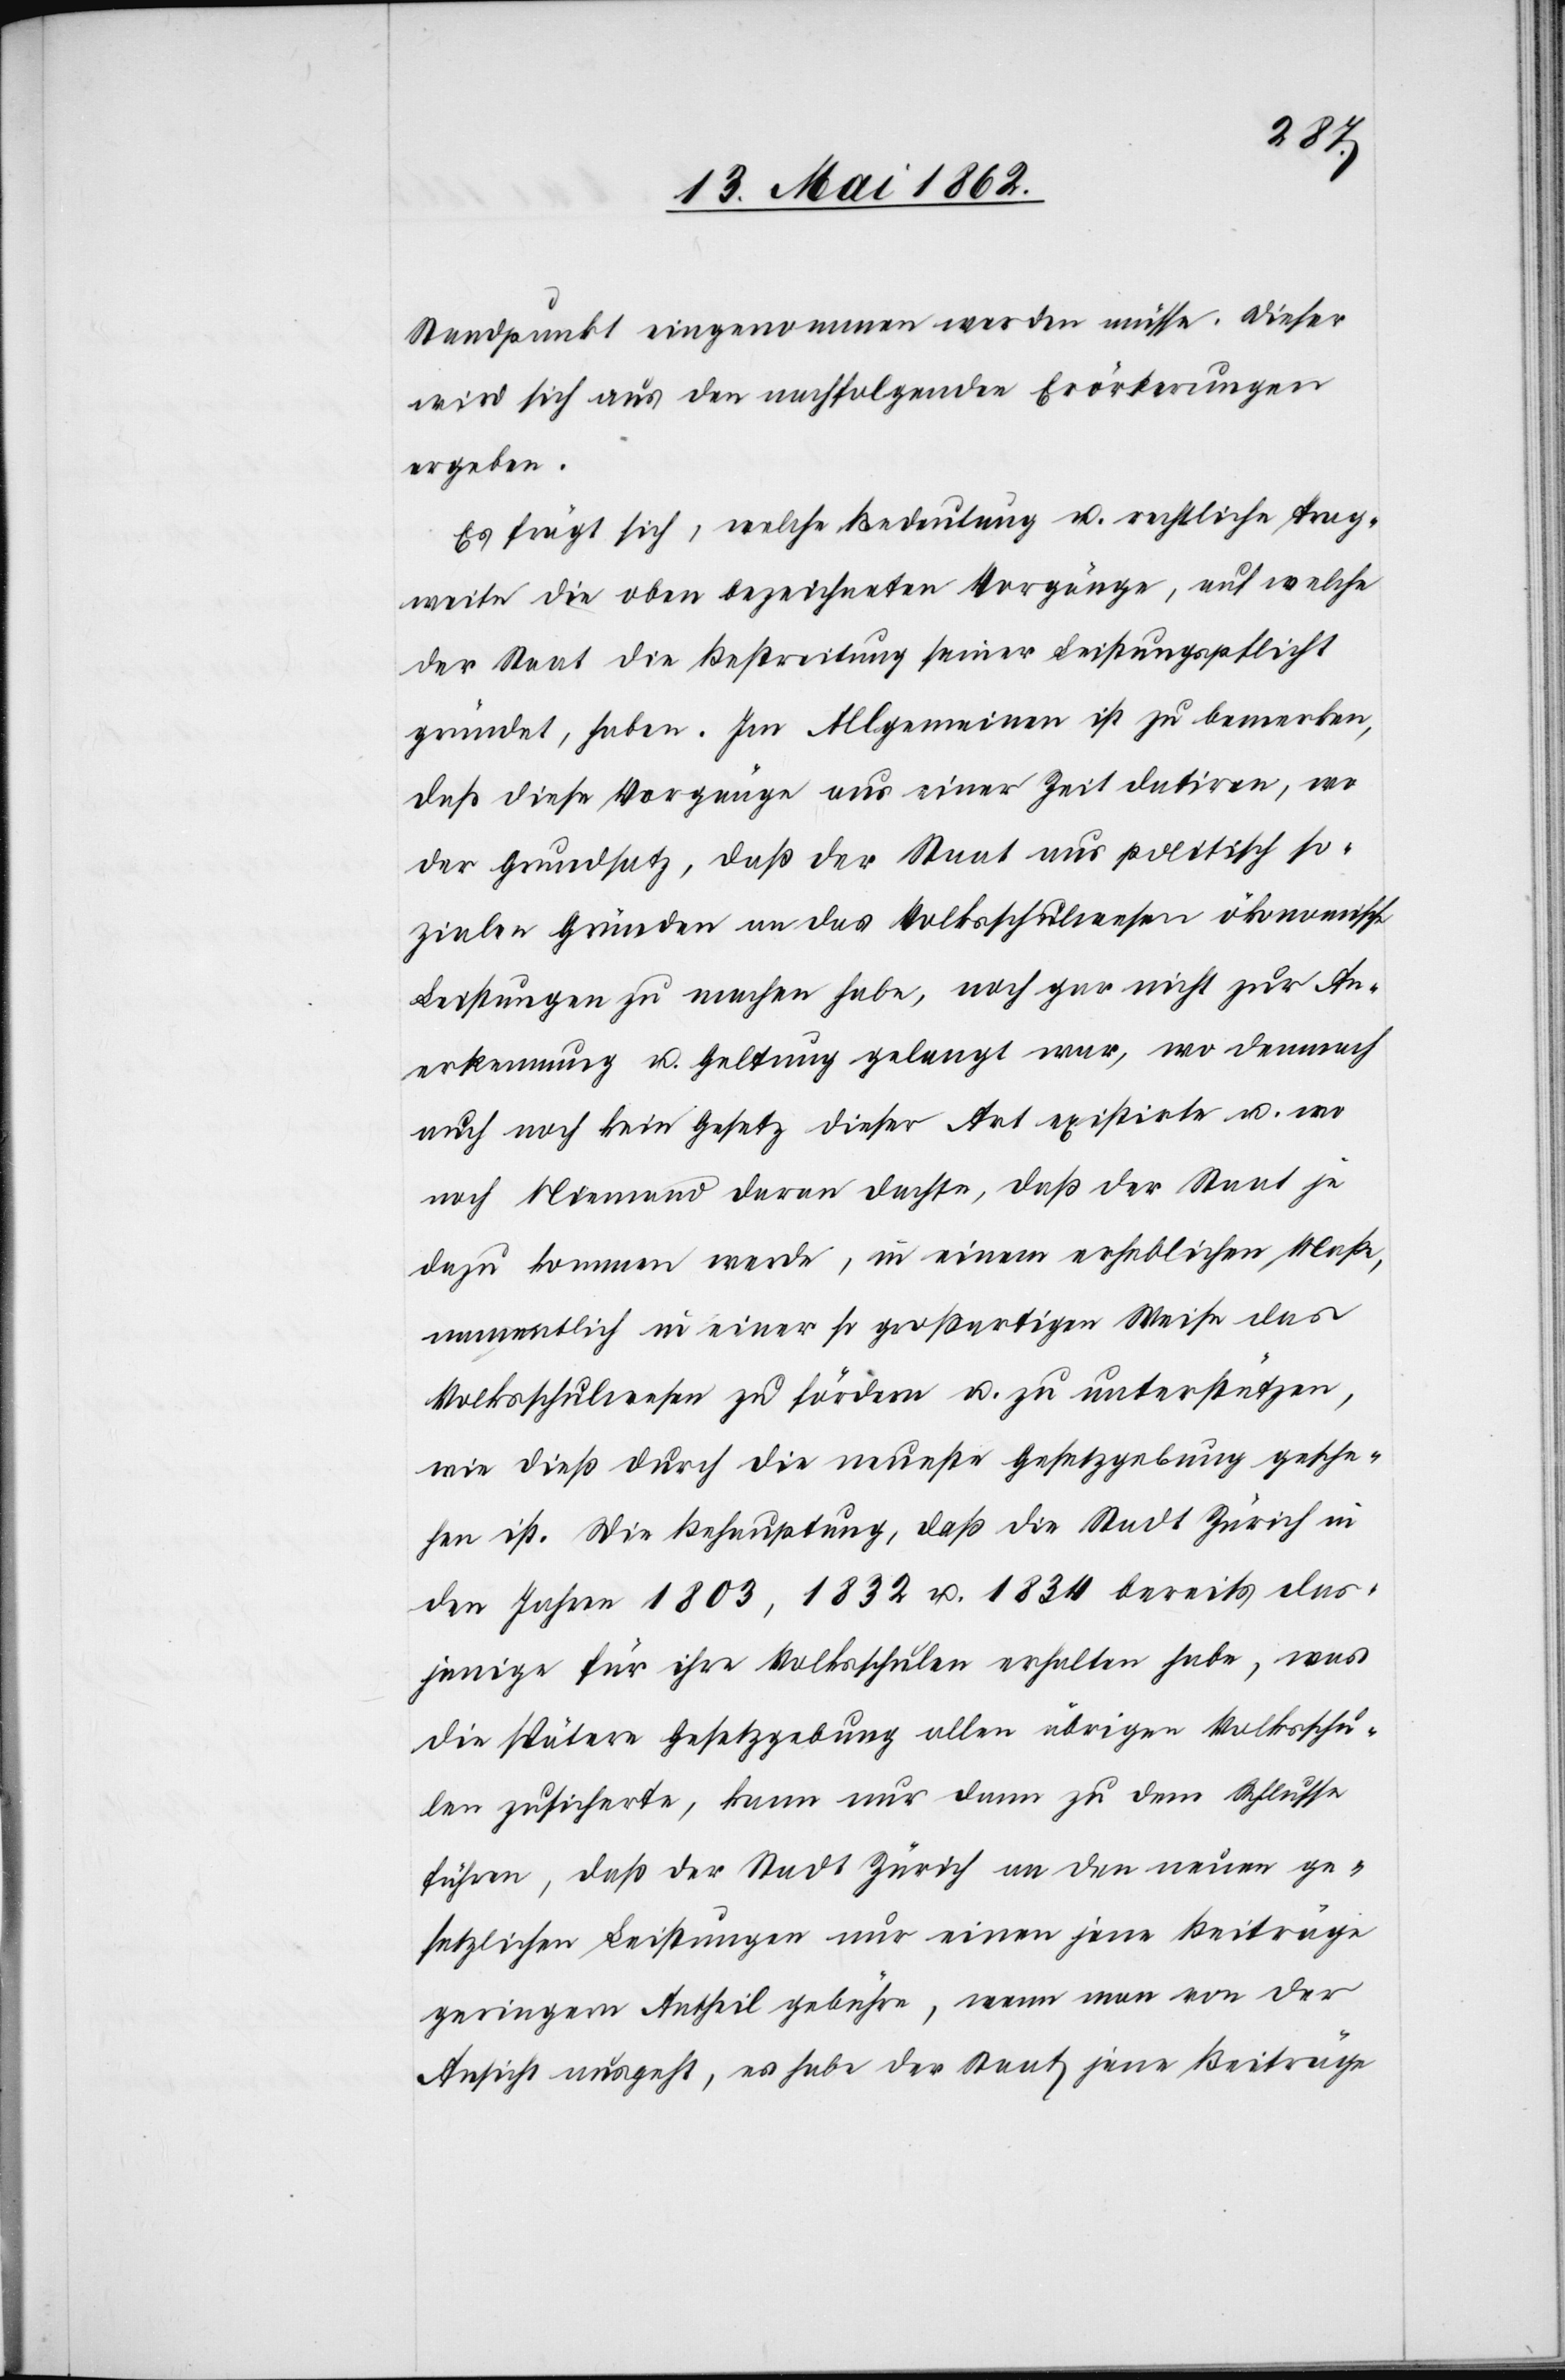
Standpunkt eingenommen werden müsse. Dieser
wird sich aus den nachfolgenden Erörterungen
ergeben.
Es frägt sich, welche Bedeutung u. rechtliche Trag¬
weite die oben bezeichneten Vorgänge, auf welche
der Staat die Bestreitung seiner Leistungspflicht
gründet, haben. Im Allgemeinen ist zu bemerken,
daß diese Vorgänge aus einer Zeit datiren, wo
der Grundsatz, daß der Staat aus politisch so¬
zialen Gründen an das Volksschulwesen ökonomische
Leistungen zu machen habe, noch gar nicht zur An¬
erkennung u. Geltung gelangt war, wo demnach
auch noch kein Gesetz dieser Art existirte u. wo
noch Niemand daran dachte, daß der Staat je
dazu kommen werde, in einem erheblichen Maße,
namentlich in einer so großartigen Weise das
Volksschulwesen zu fördern u. zu unterstützen,
wie dieß durch die neueste Gesetzgebung gesche¬
hen ist. Die Behauptung, daß die Stadt Zürich in
den Jahren 1803, 1832 u. 1834 bereits das¬
jenige für ihre Volksschulen erhalten habe, was
die spätere Gesetzgebung allen übrigen Volksschu¬
len zusicherte, kann nur dann zu dem Schlusse
führen, daß der Stadt Zürich an den neuen ge¬
setzlichen Leistungen nur einen jene Beiträge
geringem Antheil gebühre, wenn man von der
Ansicht ausgeht, es habe der Staat jene Beiträge